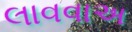
લાવવાઅ